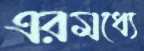
এরমধ্যে